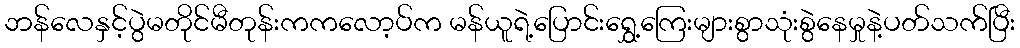
ဘန်လေနှင့်ပွဲမတိုင်မီတုန်းကကလော့ပ်က မန်ယူရဲ့ပြောင်းရွှေ့ကြေးများစွာသုံးစွဲနေမှုနဲ့ပတ်သက်ပြီး